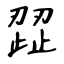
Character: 歰